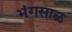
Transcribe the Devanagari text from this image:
भंगसाळ